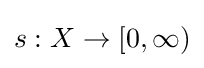
s:X\to [0,\infty )